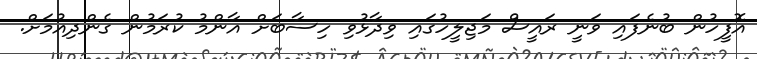
އޮފީހުން ބުނެފައި ވަނީ ރައީސް މަޖިލީހުގައި ވިދާޅުވި ހިސާބަށް އާންމު ކުރަމުން ގެންދިއުމަށް.